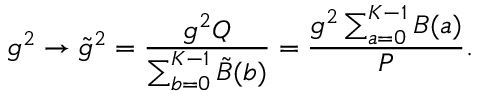
g ^ { 2 } \rightarrow \tilde { g } ^ { 2 } = { \frac { g ^ { 2 } Q } { \sum _ { b = 0 } ^ { K - 1 } \tilde { B } ( b ) } } = { \frac { g ^ { 2 } \sum _ { a = 0 } ^ { K - 1 } B ( a ) } { P } } .